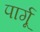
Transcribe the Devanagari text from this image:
पार्गू